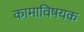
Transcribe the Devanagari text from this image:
कामाविषयक